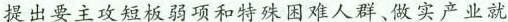
提出要主攻短板弱项和特殊困难人群、做实产业就